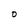
Character: O